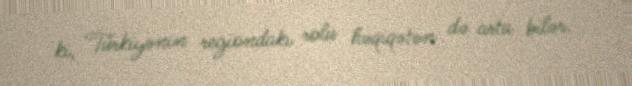
ki, Türkiyənin regiondakı rolu həqiqətən də arta bilər.